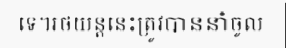
ទេ។រថយន្តនេះត្រូវបាននាំចូល